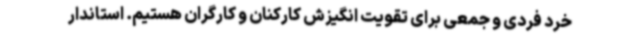
خرد فردی و جمعی برای تقویت انگیزش کارکنان و کارگران هستیم. استاندار